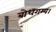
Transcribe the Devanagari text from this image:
बोधगम्य।